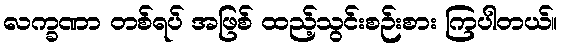
လက္ခဏာ တစ်ရပ် အဖြစ် ထည့်သွင်းစဉ်းစား ကြပါတယ်။